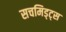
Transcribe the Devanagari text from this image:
सचमिड्ट्स